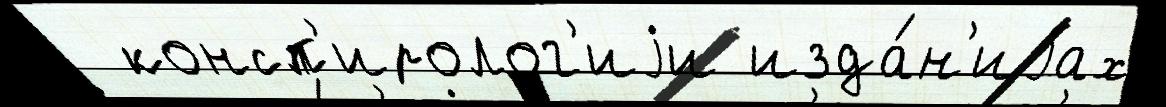
  консп'иролог'иjи изда́н'иjах